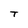
Character: T